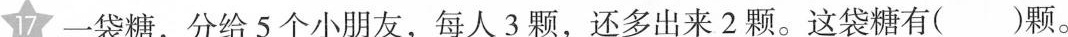
17.一袋糖，分给5个小朋友，每人3颗，还多出来2颗。这袋糖有( )颗。